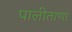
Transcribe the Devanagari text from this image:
पालीताणा